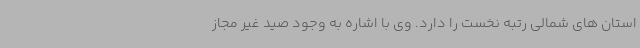
استان های شمالی رتبه نخست را دارد. وی با اشاره به وجود صید غیر مجاز